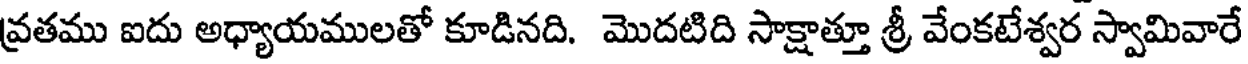
వ్రతము ఐదు అధ్యాయములతో కూడినది. మొదటిది సాక్షాత్తూ శ్రీ వేంకటేశ్వర స్వామివారే